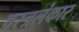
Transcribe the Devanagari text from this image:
वस्त्रलंकार